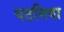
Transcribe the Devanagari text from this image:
पटनिया